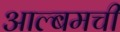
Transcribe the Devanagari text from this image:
आल्बमची